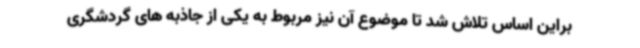
براین اساس تلاش شد تا موضوع آن نیز مربوط به یکی از جاذبه های گردشگری